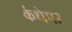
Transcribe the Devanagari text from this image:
कंधेपर